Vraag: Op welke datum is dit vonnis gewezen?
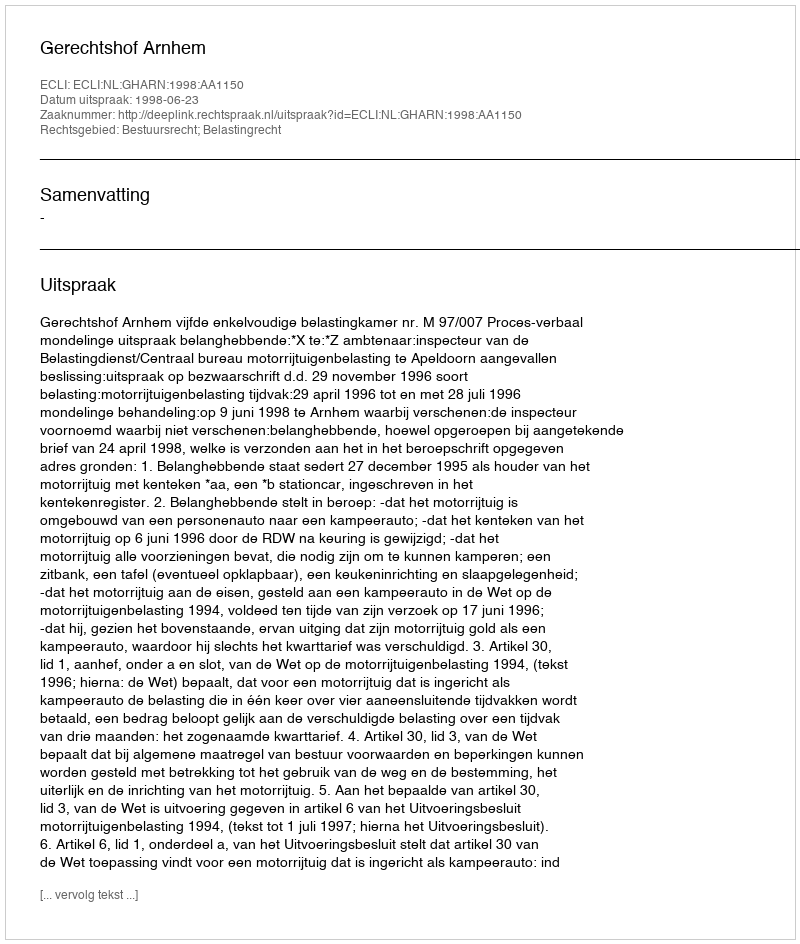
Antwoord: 1998-06-23